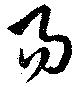
易